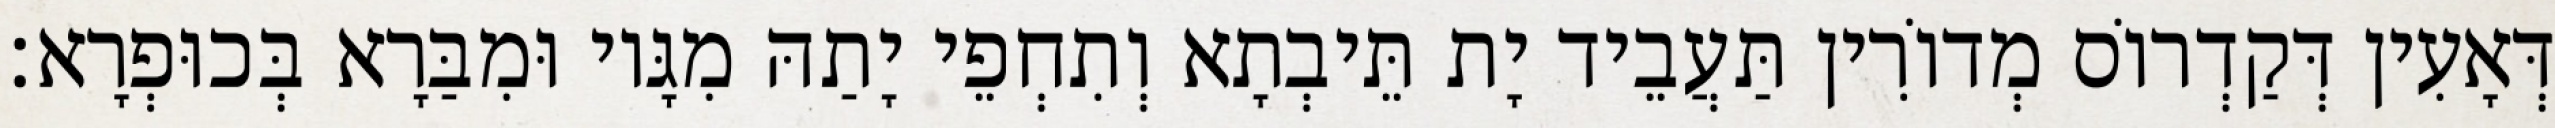
דְּאָעִין דְּקַדְרוֹס מְדוֹרִין תַּעֲבֵיד יָת תֵּיבְתָא וְתִחְפֵי יָתַהּ מִגָּיו וּמִבַּרָא בְּכוּפְרָא׃